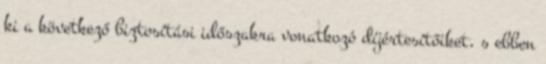
ki a következő biztosítási időszakra vonatkozó díjértesítőiket, s ebben